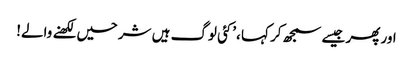
اور پھر جیسے سمجھ کر کہا ،’کئی لوگ ہیں شرحیں لکھنے والے!